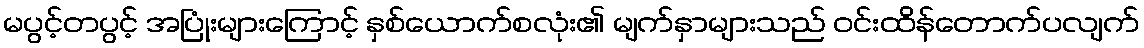
မပွင့်တပွင့် အပြုံးများကြောင့် နှစ်ယောက်စလုံး၏ မျက်နှာများသည် ဝင်းထိန်တောက်ပလျက်